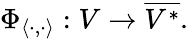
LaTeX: \Phi_{\langle\cdot,\cdot\rangle}:V\to{\overline{{V^{*}}}}.